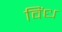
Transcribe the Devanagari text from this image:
विंध